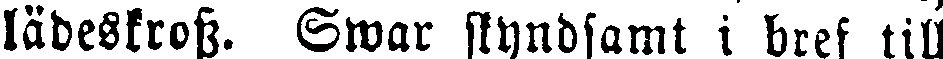
lädeskross. Swar skyndsamt i bref till